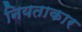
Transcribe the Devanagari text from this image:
नियताकार